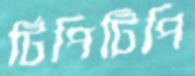
টিপিটিপি